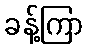
ခန့်ကြာ